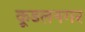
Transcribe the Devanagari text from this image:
कूडलनगर